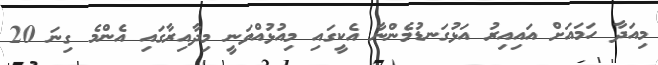
މިއަދާ ހަމައަށް އައިއިރު އަޅުގަނޑުމެންނާ އެކީގައި މިއުޅުއްވަނީ މިދާއިރާގައި އެންމެ ގިނަ 20